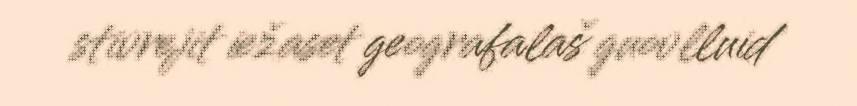
stivrejit iežaset geografalaš guovlluid